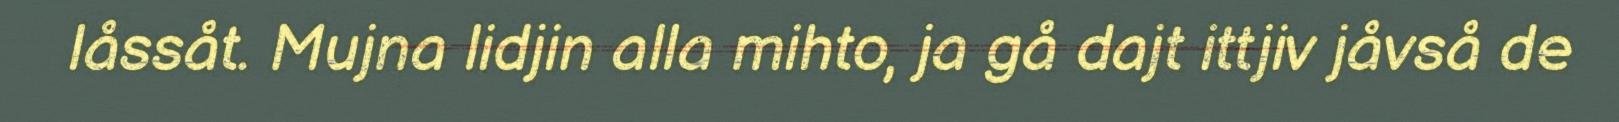
låssåt. Mujna lidjin alla mihto, ja gå dajt ittjiv jåvså de